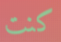
كنت